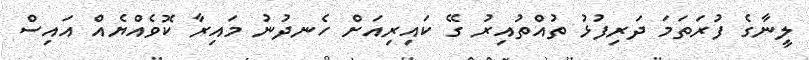
ލީނާގެ ފުރަތަމަ ދަރިފުޅު ތުއްތުއިރު ގޭ ކައިރިއަށް ހެނދުނު މައިރާ ކޮވެއްޔެއް އައިސް